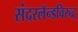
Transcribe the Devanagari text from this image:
संदरलॅन्डविरुद्ध